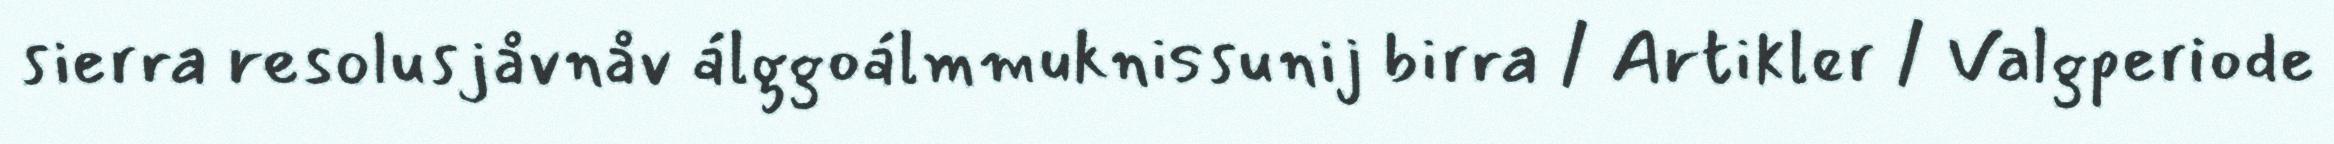
sierra resolusjåvnåv álggoálmmuknissunij birra / Artikler / Valgperiode